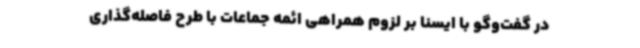
در گفت‌وگو با ایسنا بر لزوم همراهی ائمه جماعات با طرح فاصله‌گذاری